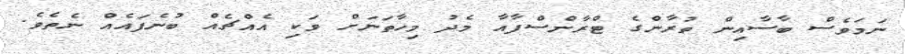
ނަމަވެސް ބާސާއިން ތުރާންގެ ޓްރާންސްފާއާ މެދު މިހާތަނަށް ވަކި އެއްޗެއް ބުނެފައެއް ނެތެވެ.